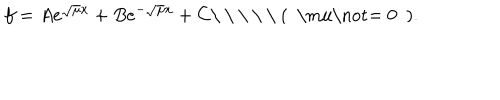
f = A e ^ { \sqrt { \mu } x } + B e ^ { - \sqrt { \mu } x } + C \mathrm { \ ( ~ \ m u \not = ~ 0 ~ ) . }